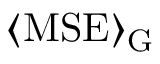
\ensuremath { \left\langle \mathrm { M S E } \right\rangle } _ { \mathrm { G } }